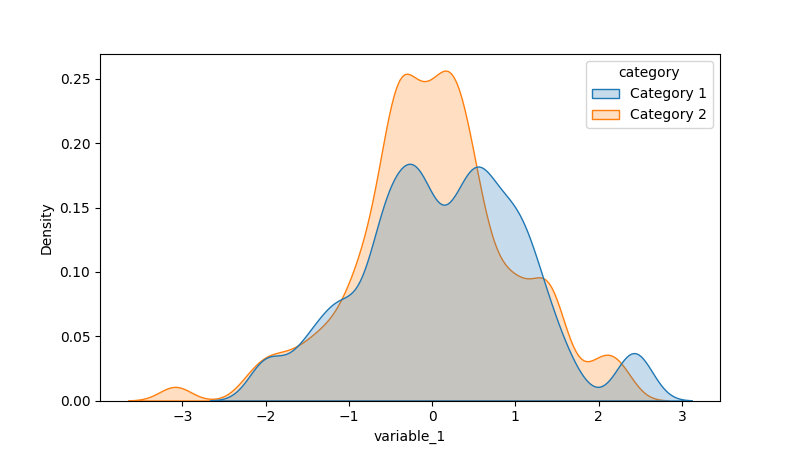
python, seaborn, kdeplot, hue='category', fill=True, bw_adjust=0.5